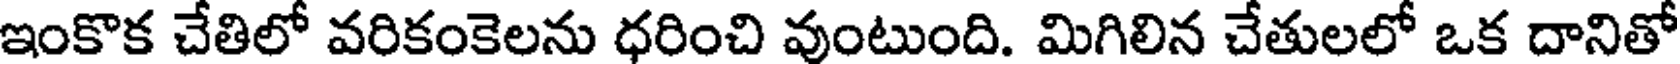
ఇంకొక చేతిలో వరికంకెలను ధరించి వుంటుంది. మిగిలిన చేతులలో ఒక దానితో